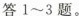
答1～3题。